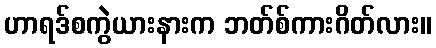
ဟာရဒ်စကွဲယားနားက ဘတ်စ်ကားဂိတ်လား။